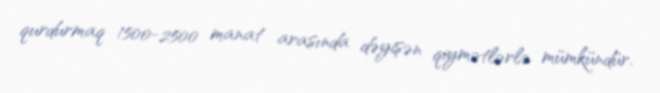
qurdurmaq 1500-2500 manat arasında dəyişən qiymətlərlə mümkündür.